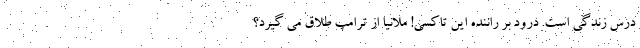
درس زندگی است. درود بر راننده این تاکسی! ملانیا از ترامپ طلاق می گیرد؟